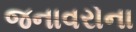
જનાવરોના